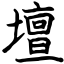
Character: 壇